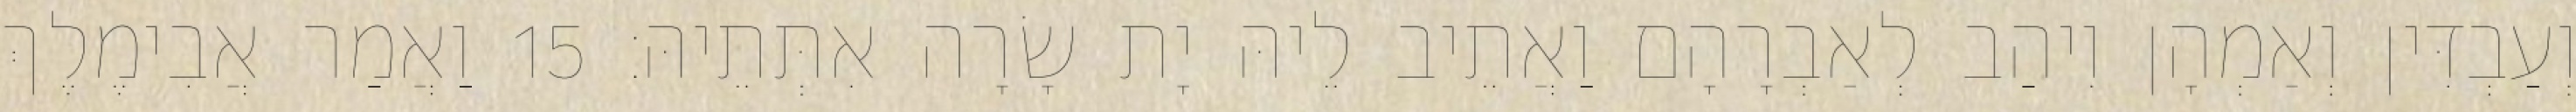
וְעַבְדִּין וְאַמְהָן וִיהַב לְאַבְרָהָם וַאֲתֵיב לֵיהּ יָת שָׂרָה אִתְּתֵיהּ׃ 15 וַאֲמַר אֲבִימֶלֶךְ